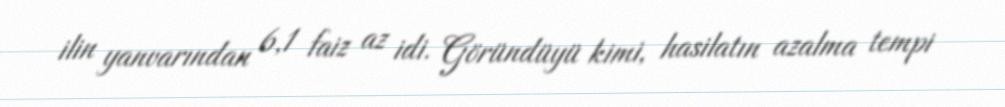
ilin yanvarından 6,1 faiz az idi. Göründüyü kimi, hasilatın azalma tempi